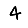
Digit: 4